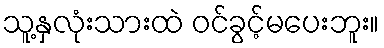
သူ့နှလုံးသားထဲ ဝင်ခွင့်မပေးဘူး။